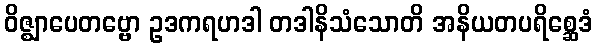
ဝိဇ္ဈာပေတဗ္ဗော ဥဒကရဟဒါ တဒါနိသံသောတိ အနိယတပရိစ္ဆေဒံ